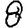
Digit: 8